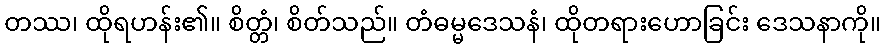
တဿ၊ ထိုရဟန်း၏။ စိတ္တံ၊ စိတ်သည်။ တံဓမ္မဒေသနံ၊ ထိုတရားဟောခြင်း ဒေသနာကို။